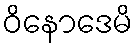
ဝိနောဒေမိ